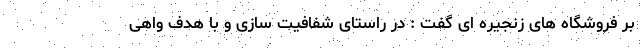
بر فروشگاه های زنجیره ای گفت : در راستای شفافیت سازی و با هدف واهی